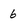
Character: 6